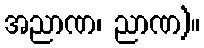
အညာဏ၊ ညာဏ)။